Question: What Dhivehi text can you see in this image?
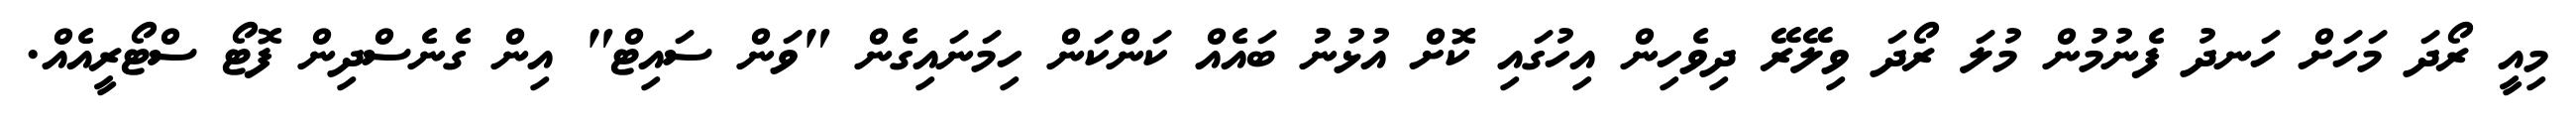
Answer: މިއީ ރޯދަ މަހަށް ހަނދު ފެނުމުން މުލަ ރޯދަ ވިލޭރޭ ދިވެހިން އިހުގައި ކޮށް އުޅުނު ބައެއް ކަންކަން ހިމަނައިގެން "ވަން ސައިޓް" އިން ގެނެސްދިން ފޮޓޯ ސްޓޯރީއެއް.